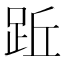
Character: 䟬